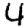
Digit: 4